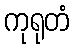
ကုရုတံ